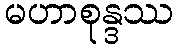
မဟာစုန္ဒဿ